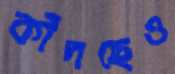
কাঁদছেও